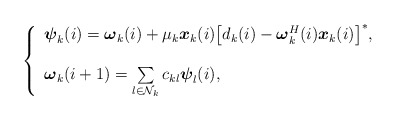
\begin{align*}\left\{\begin{array}{ll}{\boldsymbol \psi}_k(i)= {\boldsymbol \omega}_k(i)+{\mu}_k {\boldsymbol x_k(i)}\big[{d_k(i)}-{\boldsymbol \omega}_k^H(i){\boldsymbol x_k(i)}\big]^*,\\\ \\{\boldsymbol {\omega}}_k(i+1)= \sum\limits_{l\in \mathcal{N}_k}c_{kl} \boldsymbol\psi_l(i),\end{array}\right.\end{align*}